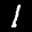
Label: 1